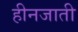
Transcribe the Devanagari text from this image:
हीनजाती